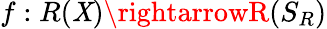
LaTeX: f:R(\mathit{X})\rightarrowR(S_{R})